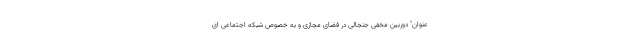
عنوان" دوربین مخفی جنجالی در فضای مجازی و به خصوص شبکه اجتماعی ای